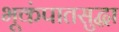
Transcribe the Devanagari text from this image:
भूकंपातसुद्धा